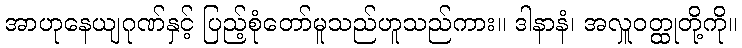
အာဟုနေယျဂုဏ်နှင့် ပြည့်စုံတော်မူသည်ဟူသည်ကား။ ဒါနာနံ၊ အလှူဝတ္ထုတို့ကို။